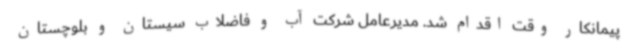
پیمانکار وقت اقدام شد. مدیرعامل شرکت آب و فاضلاب سیستان و بلوچستان